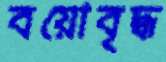
বয়োবৃদ্ধ